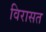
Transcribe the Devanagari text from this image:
विरासत